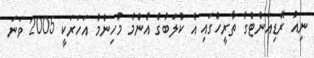
ނިއު ރޭޑިއަންޓްގެ ތާރީހްގައި އެ ކުލަބުގެ އެންމެ މުހިންމު އަހަރަކީ 2005 ވަނަ